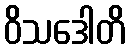
ဝိသဒေါတိ